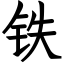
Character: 铁